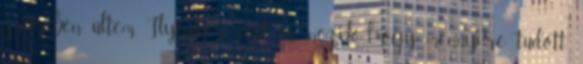
zsűriben ültem. Ilyenkor azt is nézik, hogy mennyire tudott